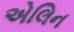
એલિન